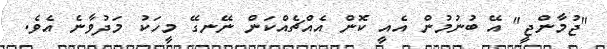
"ޖުމާންޖީ" އޭ ބުނުމުން އެއީ ކޮން އެއްޗެއްކަން ނޭނގޭ މީހަކު މަދުވާނެ އެވެ.